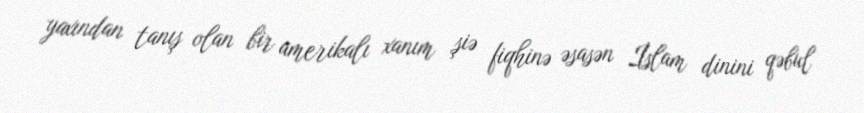
yaxından tanış olan bir amerikalı xanım şiə fiqhinə əsasən İslam dinini qəbul